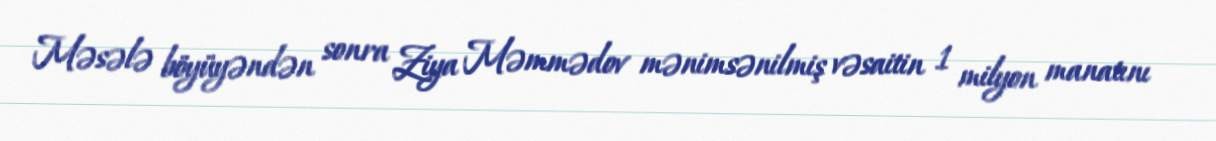
Məsələ böyüyəndən sonra Ziya Məmmədov mənimsənilmiş vəsaitin 1 milyon manatını